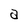
Character: a